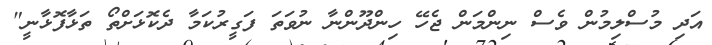
އަދި މުސްލިމުން ވެސް ނިންމަން ޖެހޭ ހިންދޫންނާ ނުވަތަ ފަގީރުކަމާ ދެކޮޅަށްތޯ ތަޅާފޮޅާނީ"